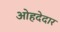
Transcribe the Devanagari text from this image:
ओहदेदार